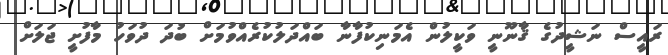
ރައީސް ނަޝީދުގެ ޤާނޫނީ ވަކީލުން އެމަނިކުފާނާ ބައްދަލުކުރެއްވުމަށް ބުދަ ދުވަހު މާފުށީ ޖަލަށް